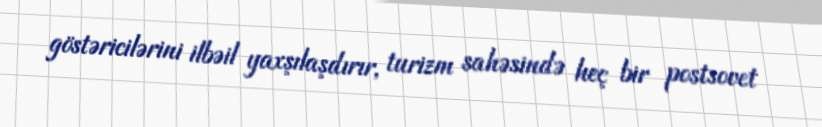
göstəricilərini ilbəil yaxşılaşdırır, turizm sahəsində heç bir postsovet